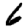
Digit: 6